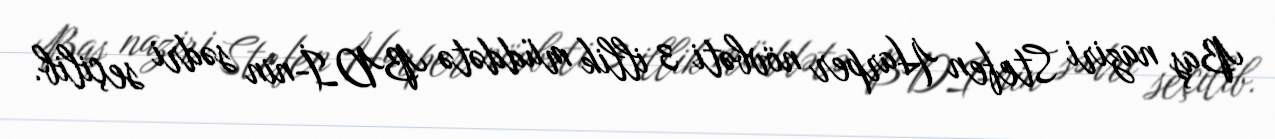
Baş naziri Stefen Harper növbəti 3 illik müddətə BDİ-nin sədri seçilib.